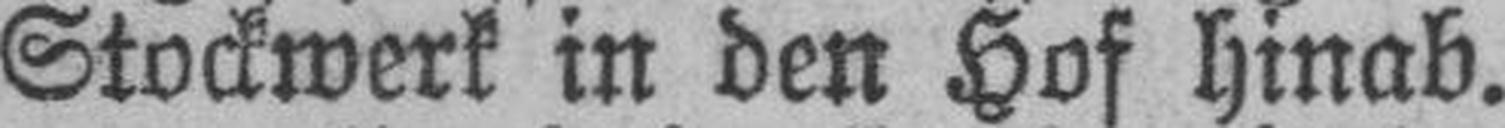
Stockwerk in den Hof hinab.